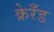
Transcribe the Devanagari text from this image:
क्रेरँड